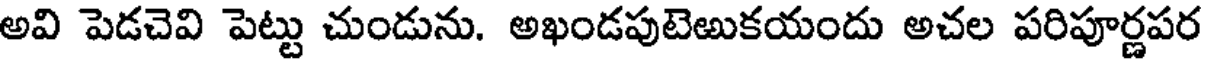
అవి పెడచెవి పెట్టు చుండును. అఖండపుటెఱుకయందు అచల పరిపూర్ణపర